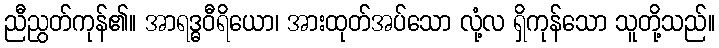
ညီညွတ်ကုန်၏။ အာရဒ္ဓဝီရိယော၊ အားထုတ်အပ်သော လုံ့လ ရှိကုန်သော သူတို့သည်။